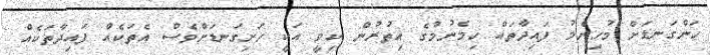
ހަންގަނޑަށް މުހިންމު ފައިދާތައް ހިމެނުމުގެ އިތުރުން ކިވީ އަކީ ހަށިގަނޑަށްވެސް އެތަކެއް ފައިދާތަކެއް